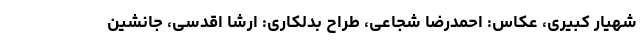
شهیار کبیری، عکاس: احمدرضا شجاعی، طراح بدلکاری: ارشا اقدسی، جانشین